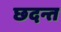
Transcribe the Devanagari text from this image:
छदन्त